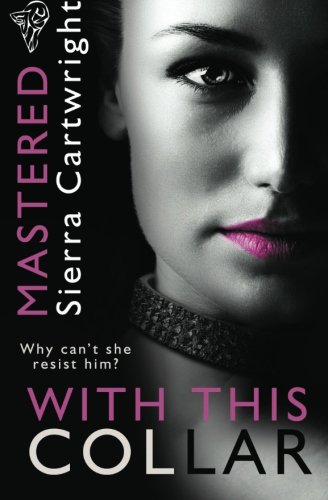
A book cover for With This Collar (Mastered) (Volume 1); Sierra Cartwright; Romance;